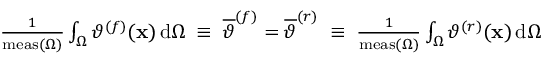
\begin{array} { r l } & { \frac { 1 } { \mathrm { m e a s } ( \Omega ) } \int _ { \Omega } \vartheta ^ { ( f ) } ( \mathbf { x } ) \, \mathrm { d } \Omega \; \equiv \; \overline { { \vartheta } } ^ { ( f ) } = \overline { { \vartheta } } ^ { ( r ) } \; \equiv \; \frac { 1 } { \mathrm { m e a s } ( \Omega ) } \int _ { \Omega } \vartheta ^ { ( r ) } ( \mathbf { x } ) \, \mathrm { d } \Omega } \end{array}